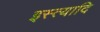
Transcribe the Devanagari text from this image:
इस्त्यादि